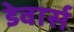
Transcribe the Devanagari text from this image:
डेवार्स